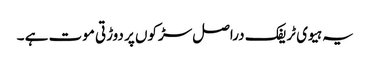
یہ ہیوی ٹریفک دراصل سڑکوں پر دوڑتی موت ہے ۔